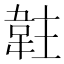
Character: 䪒